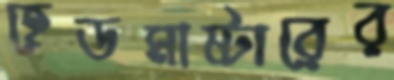
হেডমাষ্টারের